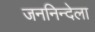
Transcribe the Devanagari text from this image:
जननिन्देला